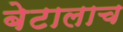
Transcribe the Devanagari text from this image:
बेटालाच